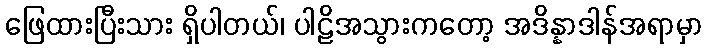
ဖြေထားပြီးသား ရှိပါတယ်၊ ပါဠိအသွားကတော့ အဒိန္နာဒါန်အရာမှာ